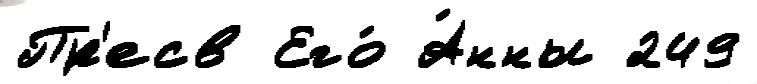
Пр'есв Его́ А́нны 249